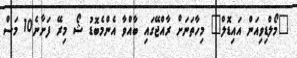
"މޯލްޑިވިއަން އައިޑޮލް" މިހާތަނަށް ރާއްޖޭގައި ބާއްވާ އެންމެބޮޑު ޝޯ މިރޭ ފަށާނެ10 މަސް